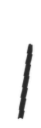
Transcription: I